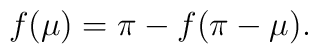
f(\mu) = \pi - f(\pi - \mu).